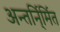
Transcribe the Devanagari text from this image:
अन्तर्नि्र्मित